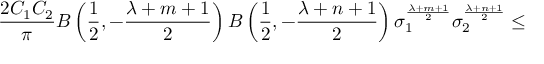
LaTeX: \frac { 2 C _ { 1 } C _ { 2 } } { \pi } { \cal B } \left( \frac { 1 } { 2 } , - \frac { \lambda + m + 1 } { 2 } \right) { \cal B } \left( \frac { 1 } { 2 } , - \frac { \lambda + n + 1 } { 2 } \right) { \sigma } _ { 1 } ^ { \frac { \lambda + m + 1 } { 2 } } { \sigma } _ { 2 } ^ { \frac { \lambda + n + 1 } { 2 } } \leq